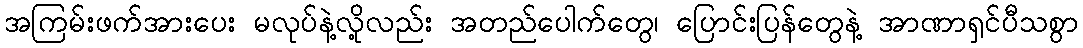
အကြမ်းဖက်အားပေး မလုပ်နဲ့လို့လည်း အတည်ပေါက်တွေ၊ ပြောင်းပြန်တွေနဲ့ အာဏာရှင်ပီသစွာ